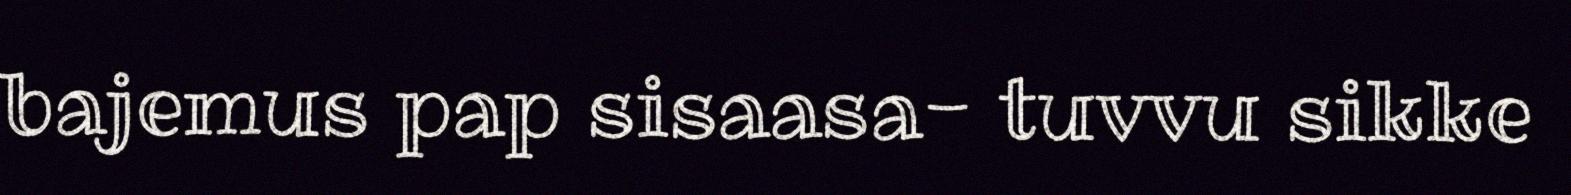
bajemus pap sisaasa- tuvvu sikke